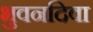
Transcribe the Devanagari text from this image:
भुवनदिवा